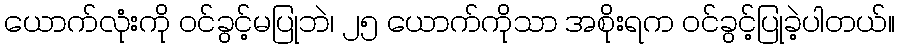
ယောက်လုံးကို ဝင်ခွင့်မပြုဘဲ၊ ၂၅ ယောက်ကိုသာ အစိုးရက ဝင်ခွင့်ပြုခဲ့ပါတယ်။